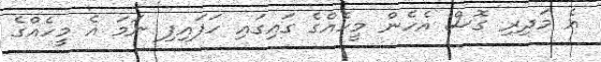
އެ މަދިރި ގޮސް އެހެން މީހެއްގެ ގައިގައި ހަފައިފި ނަމަ އެ މީހެއްގެ